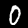
Label: 0